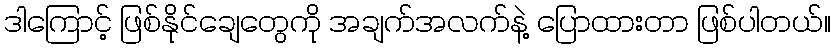
ဒါကြောင့် ဖြစ်နိုင်ချေတွေကို အချက်အလက်နဲ့ ပြောထားတာ ဖြစ်ပါတယ်။